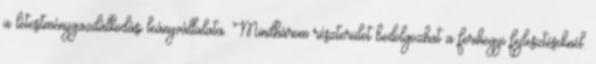
a létesítménygazdálkodási leányvállalata. Mindhárom részterület bedolgozhat a ferihegyi fejlesztéseknél.